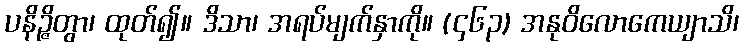
ပနိဉ္ဇိတွာ၊ ထုတ်၍။ ဒိသာ၊ အရပ်မျက်နှာကို။ (၄၆၃) အနုဝိလောကေယျာသိ၊